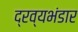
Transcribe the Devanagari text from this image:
द्रव्यभंडार